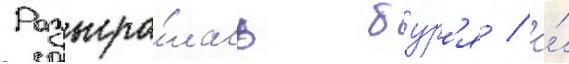
Разыгра́лась бур'я / и́